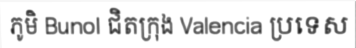
ភូមិ Bunol ជិតក្រុង Valencia ប្រទេស